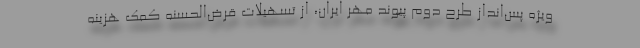
ويژه پس‌انداز طرح دوم پيوند مهر ايران، از تسهيلات قرض‌الحسنه كمك هزينه